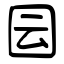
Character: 囩